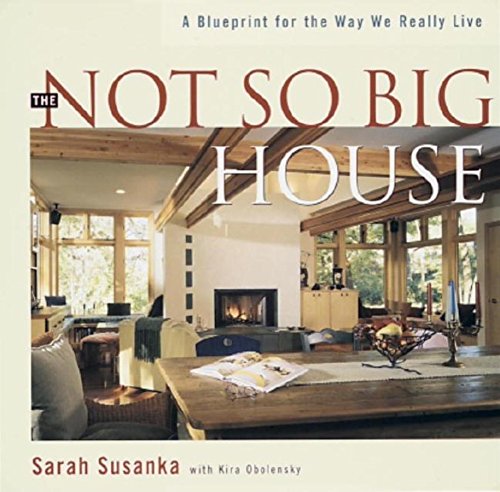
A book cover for The Not So Big House: A Blueprint for the Way We Really Live; Sarah Susanka; Crafts, Hobbies & Home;